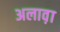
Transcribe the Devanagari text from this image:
अलाव़ा